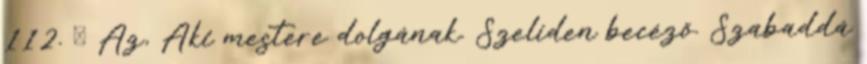
112. Ő Az, Aki mestere dolgának. Szelíden becéző. Szabaddá